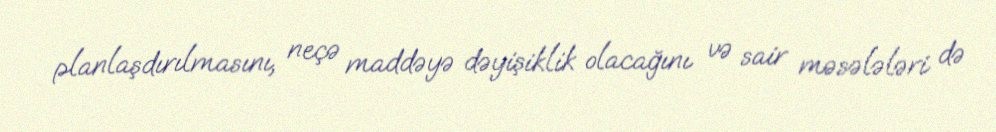
planlaşdırılmasını, neçə maddəyə dəyişiklik olacağını və sair məsələləri də